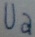
Text: Ua